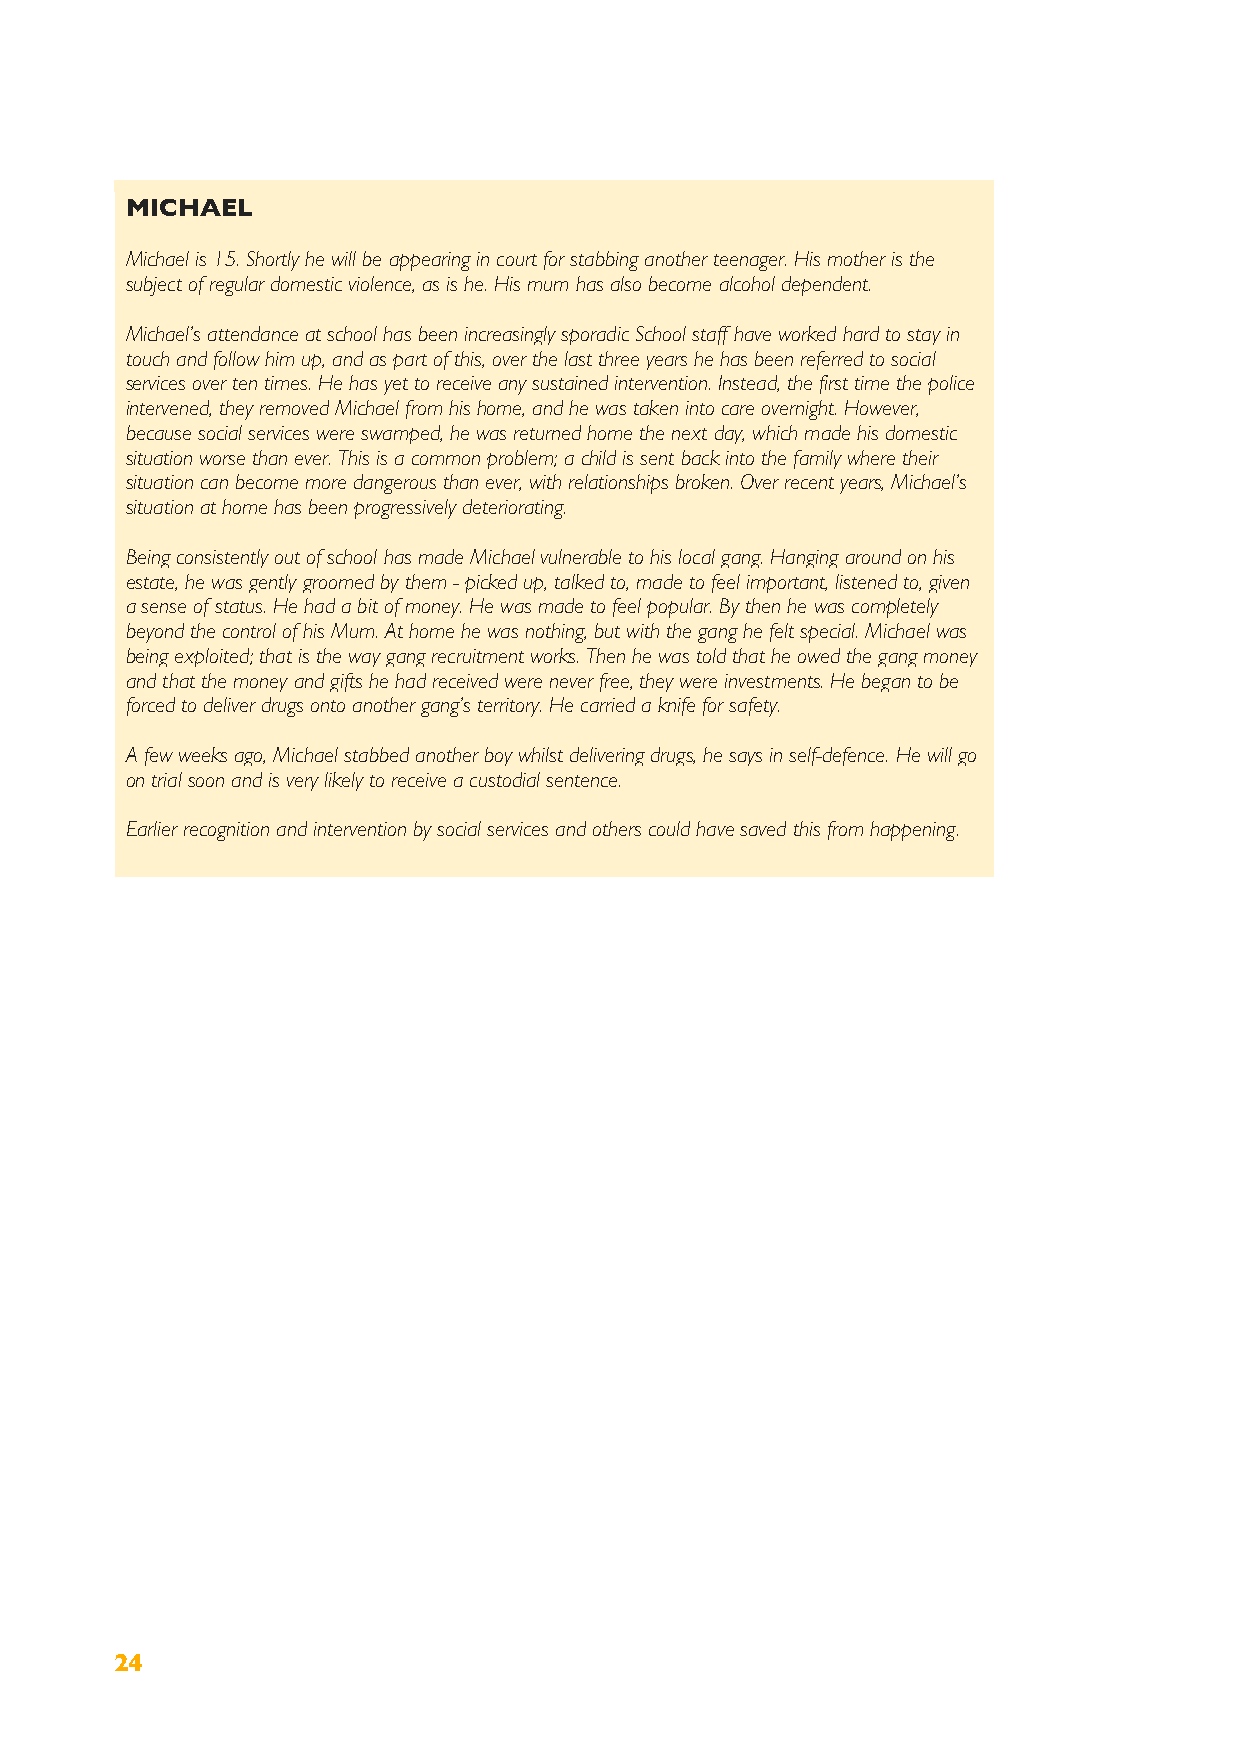
MICHAEL
 Michael is 15. Shortly he will be appearing in court for stabbing another teenager. His mother is the
 subject of regular domestic violence, as is he. His mum has also become alcohol dependent.
 Michael’s attendance at school has been increasingly sporadic School staff have worked hard to stay in
 touch and follow him up, and as part of this, over the last three years he has been referred to social
 services over ten times. He has yet to receive any sustained intervention. Instead, the first time the police
 intervened, they removed Michael from his home, and he was taken into care overnight. However,
 because social services were swamped, he was returned home the next day, which made his domestic
 situation worse than ever. This is a common problem; a child is sent back into the family where their
 situation can become more dangerous than ever, with relationships broken. Over recent years, Michael’s
 situation at home has been progressively deteriorating.
 Being consistently out of school has made Michael vulnerable to his local gang. Hanging around on his
 estate, he was gently groomed by them - picked up, talked to, made to feel important, listened to, given
 a sense of status. He had a bit of money. He was made to feel popular. By then he was completely
 beyond the control of his Mum. At home he was nothing, but with the gang he felt special. Michael was
 being exploited; that is the way gang recruitment works. Then he was told that he owed the gang money
 and that the money and gifts he had received were never free, they were investments. He began to be
 forced to deliver drugs onto another gang’s territory. He carried a knife for safety.
 A few weeks ago, Michael stabbed another boy whilst delivering drugs, he says in self-defence. He will go
 on trial soon and is very likely to receive a custodial sentence.
 Earlier recognition and intervention by social services and others could have saved this from happening.
 24